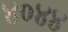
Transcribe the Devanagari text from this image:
४०४४